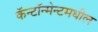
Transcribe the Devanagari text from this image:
कॅन्टॉन्मेन्टमधील